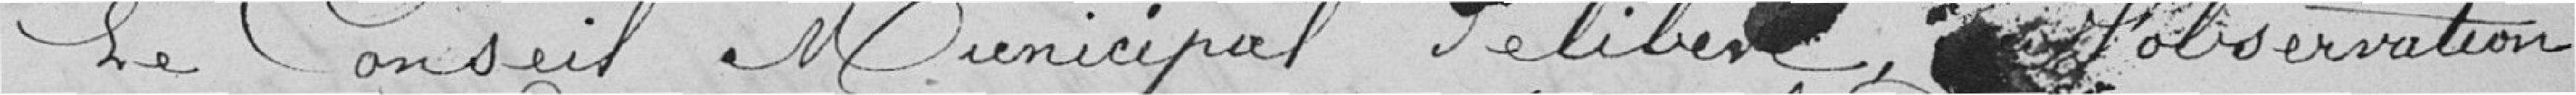
Le Conseil Municipal délibère, sur l'observation